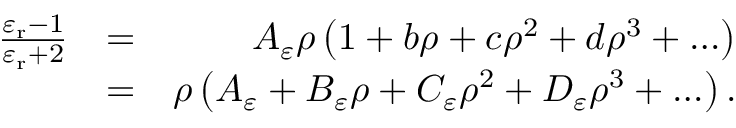
\begin{array} { r l r } { \frac { \varepsilon _ { \mathrm { r } } - 1 } { \varepsilon _ { \mathrm { r } } + 2 } } & { = } & { A _ { \varepsilon } \rho \left( 1 + b \rho + c \rho ^ { 2 } + d \rho ^ { 3 } + \ldots \right) } \\ & { = } & { \rho \left( A _ { \varepsilon } + B _ { \varepsilon } \rho + C _ { \varepsilon } \rho ^ { 2 } + D _ { \varepsilon } \rho ^ { 3 } + \ldots \right) . } \end{array}